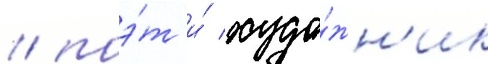
/ поэ́т и́ худо́жн'ик